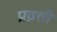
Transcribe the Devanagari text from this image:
प्रव्रत्ती